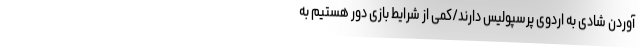
آوردن شادی به اردوی پرسپولیس دارند/کمی از شرایط بازی دور هستیم به